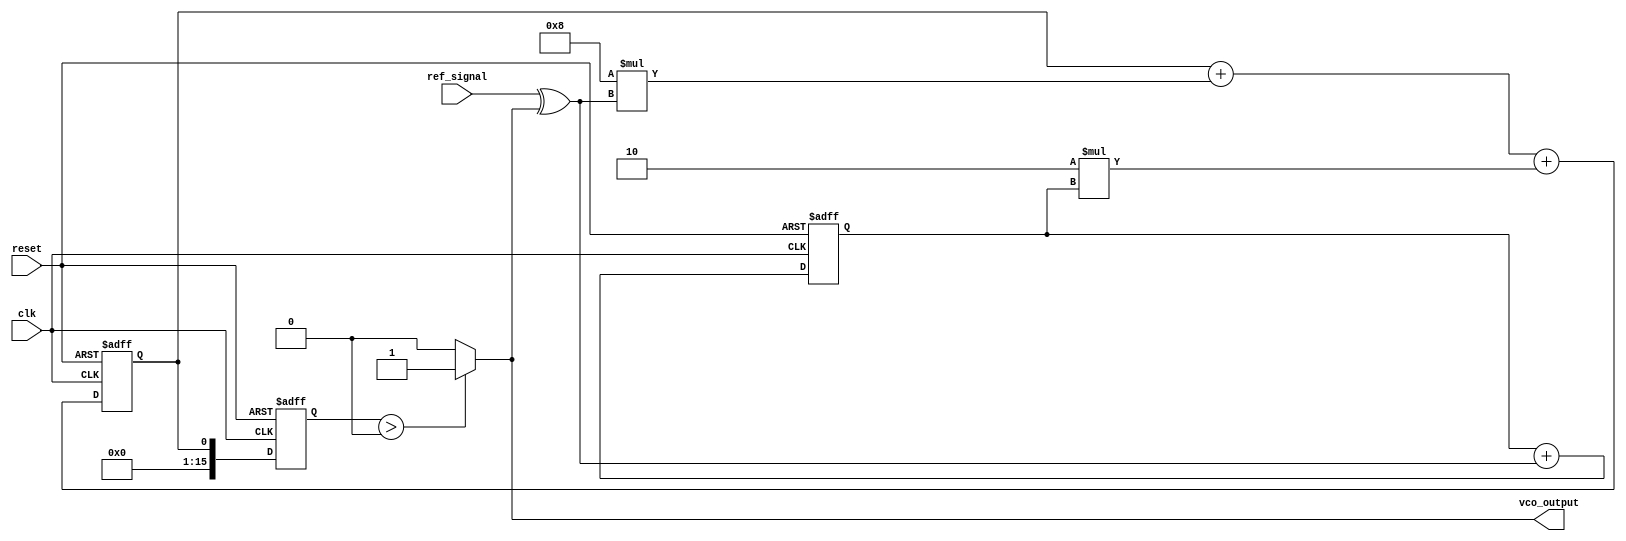
module CTPLL (
    input wire clk,               // System clock
    input wire reset,             // Reset signal
    input wire ref_signal,        // Reference signal input
    output wire vco_output        // VCO output frequency
);

    // Parameters for the loop filter
    parameter Kp = 8;             // Proportional gain
    parameter Ki = 2;             // Integral gain

    // Internal signals
    wire phase_error;             // Phase error signal
    wire control_voltage;          // Control voltage for VCO
    reg [15:0] phase_memory;       // Memory block for phase information
    reg [15:0] vco_frequency;      // VCO frequency control

    // Phase Detector (PD)
    assign phase_error = ref_signal ^ vco_output; // Simple XOR for phase comparison

    // Loop Filter (LF) - Simple first-order filter for demonstration
    always @(posedge clk or posedge reset) begin
        if (reset) begin
            control_voltage <= 0;
        end else begin
            control_voltage <= control_voltage + (Kp * phase_error) + (Ki * phase_memory);
        end
    end

    // Voltage-Controlled Oscillator (VCO)
    always @(posedge clk or posedge reset) begin
        if (reset) begin
            vco_frequency <= 0;
        end else begin
            vco_frequency <= control_voltage; // Control frequency based on voltage
        end
    end

    // Memory Block for storing phase information
    always @(posedge clk or posedge reset) begin
        if (reset) begin
            phase_memory <= 0;
        end else begin
            phase_memory <= phase_memory + phase_error; // Store phase error for predictive control
        end
    end

    // Generate VCO output based on frequency control
    assign vco_output = (vco_frequency > 0) ? 1'b1 : 1'b0; // Simplified output generation

endmodule